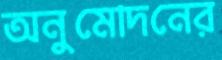
অনুমোদনের